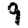
Digit: 9